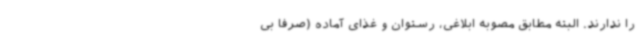
را ندارند. البته مطابق مصوبه ابلاغی، رستوان و غذای آماده (صرفا بی